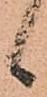
候